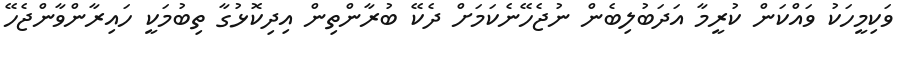
ވަކިމީހަކު ވައްކަން ކުރީމާ އަދަބުލިބެން ނުޖެހޭނެކަމަށް ދެކޭ ބުރާންތިން އިދިކޮޅުގާ ތިބުމަކީ ހައިރާންވާންޖެހޭ